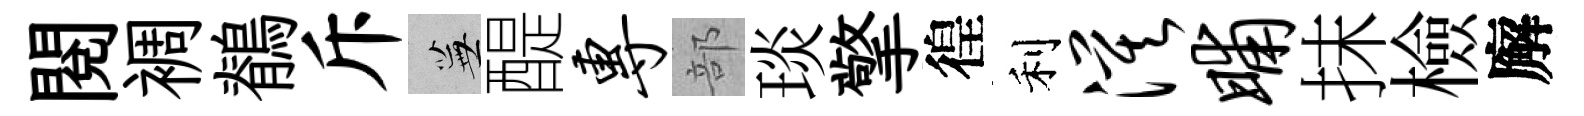
閲裯鶺斥蕪醍专部琰擎徨利漠晡抹檢廨